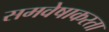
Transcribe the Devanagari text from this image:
समवेषाकरता